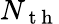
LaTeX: N_{\mathrm{~t~h~}}